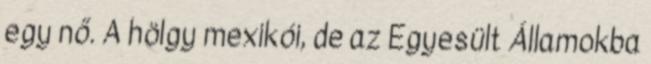
egy nő. A hölgy mexikói, de az Egyesült Államokba